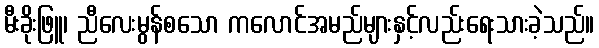
မီးခိုးဖြူ၊ ညီလေးမွန်စသော ကလောင်အမည်များနှင့်လည်းရေးသားခဲ့သည်။